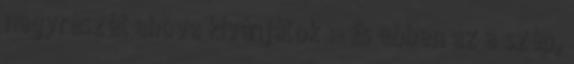
nagyrészét ahova kívánjátok :- És ebben az a szép,